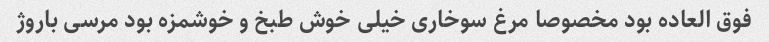
فوق العاده بود مخصوصا مرغ سوخاری خیلی خوش طبخ و خوشمزه بود مرسی باروژ